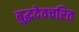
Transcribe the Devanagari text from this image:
बुद्धदेवचरित